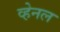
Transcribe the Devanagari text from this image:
व्हेनल